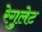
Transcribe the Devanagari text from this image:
रेगुलेट